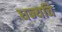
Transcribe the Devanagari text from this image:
धन्यचि